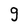
Character: 3